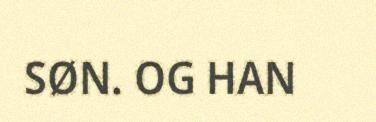
SØN. OG HAN